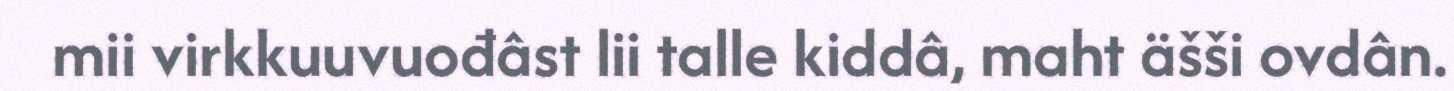
mii virkkuuvuođâst lii talle kiddâ, maht äšši ovdân.